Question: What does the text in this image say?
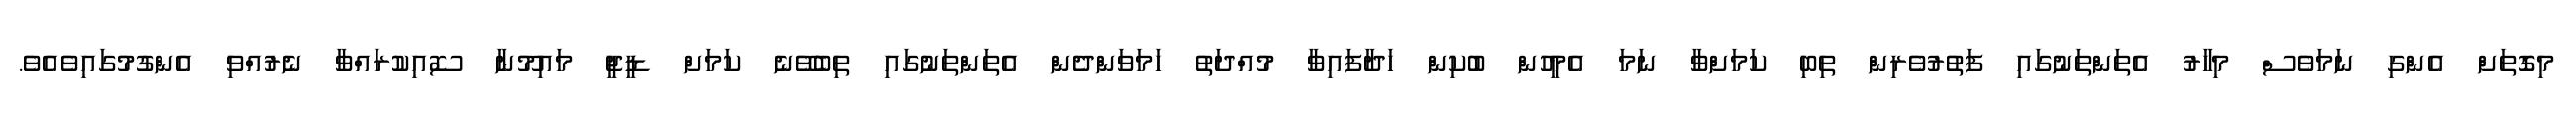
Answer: މިގޮތަށް އެންގި ނަމަވެސް މިހާރު އެތަންތަނުގައި ފަތުރުވެރިން ތިބި ކަމަށްވާ ނަމަ އެމީހުން ބުކިން ހަދާފައިވާ މުއްދަތު ހަމަވަންދެން އެތަންތަނުގައި ތިބެވޭނެ ކަމަށް ޑީޖީ މައިމޫނާ ސޮއިކުރައްވާ ނެރުއްވި އެންގުމުގައިވެއެވެ.